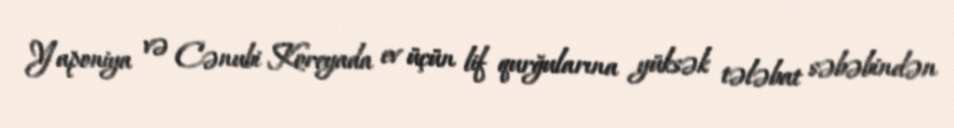
Yaponiya və Cənubi Koreyada ev üçün lif qurğularına yüksək tələbat səbəbindən